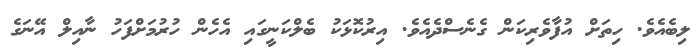
ލިބެއެވެ. ހިތަށް އުފާވެރިކަން ގެނެސްދެއެވެ. އިރުކޮޅަކު ބެލްކަނީގައި އެހެން ހުރުމަށްފަހު ނާއިލް އޭނަގެ